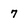
Character: 7